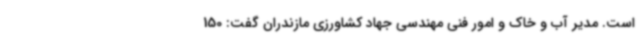
است. مدیر آب و خاک و امور فنی مهندسی جهاد کشاورزی مازندران گفت: 150